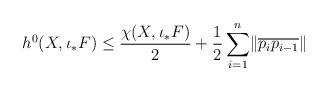
LaTeX: \begin{align*}h^0(X,\iota_*F) \leq \dfrac{\chi(X, \iota_*F)}{2} + \dfrac{1}{2} \sum_{i=1}^{n} \lVert \overline{p_ip_{i-1}} \rVert\end{align*}